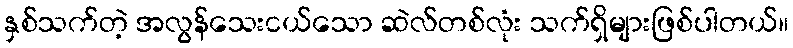
နှစ်သက်တဲ့ အလွန်သေးငယ်သော ဆဲလ်တစ်လုံး သက်ရှိများဖြစ်ပါတယ်။